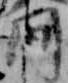
間